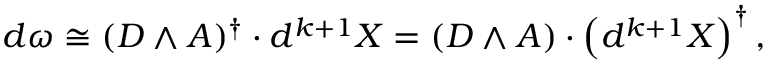
d \omega \cong ( D \wedge A ) ^ { \dagger } \cdot d ^ { k + 1 } X = ( D \wedge A ) \cdot \left( d ^ { k + 1 } X \right) ^ { \dagger } ,